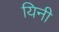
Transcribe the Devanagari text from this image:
यिनी